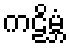
ကဠိမ္ဘံ